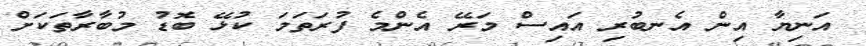
އަނިޔާ އިން އެނބުރި އައިސް މަރޭ އެންމެ ފުރަތަމަ ކުޅޭ ބޮޑު މުބާރާތަކަށް